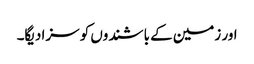
اور زمین کے باشندوں کو سزا دیگا۔